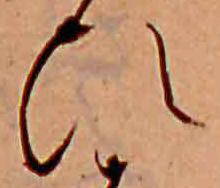
ひ